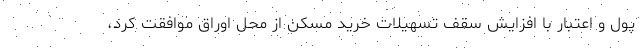
پول و اعتبار با افزایش سقف تسهیلات خرید مسکن از محل اوراق موافقت کرد،